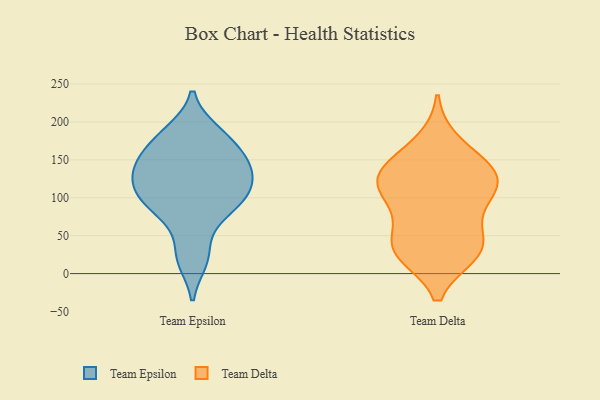
{"axis": {"x": "Customer Acquisition Cost (USD)", "y": "Value"}, "legend": ["Team Delta", "Team Epsilon"], "data": [{"x": "", "y": 152, "type": "Team Epsilon"}, {"x": "", "y": 187, "type": "Team Epsilon"}, {"x": "", "y": 18, "type": "Team Epsilon"}, {"x": "", "y": 25, "type": "Team Epsilon"}, {"x": "", "y": 140, "type": "Team Epsilon"}, {"x": "", "y": 110, "type": "Team Epsilon"}, {"x": "", "y": 173, "type": "Team Epsilon"}, {"x": "", "y": 138, "type": "Team Epsilon"}, {"x": "", "y": 185, "type": "Team Epsilon"}, {"x": "", "y": 122, "type": "Team Epsilon"}, {"x": "", "y": 156, "type": "Team Epsilon"}, {"x": "", "y": 101, "type": "Team Epsilon"}, {"x": "", "y": 136, "type": "Team Epsilon"}, {"x": "", "y": 106, "type": "Team Epsilon"}, {"x": "", "y": 73, "type": "Team Epsilon"}, {"x": "", "y": 97, "type": "Team Epsilon"}, {"x": "", "y": 83, "type": "Team Epsilon"}, {"x": "", "y": 98, "type": "Team Delta"}, {"x": "", "y": 109, "type": "Team Delta"}, {"x": "", "y": 27, "type": "Team Delta"}, {"x": "", "y": 86, "type": "Team Delta"}, {"x": "", "y": 27, "type": "Team Delta"}, {"x": "", "y": 132, "type": "Team Delta"}, {"x": "", "y": 146, "type": "Team Delta"}, {"x": "", "y": 131, "type": "Team Delta"}, {"x": "", "y": 33, "type": "Team Delta"}, {"x": "", "y": 35, "type": "Team Delta"}, {"x": "", "y": 173, "type": "Team Delta"}, {"x": "", "y": 129, "type": "Team Delta"}, {"x": "", "y": 121, "type": "Team Delta"}, {"x": "", "y": 47, "type": "Team Delta"}]}